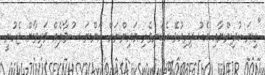
"ގިނަ ކުދިންނާއި އެކު ދިރިއުޅޭ އެކަނިވެރި މައިންނަށް އަންނަ ސުވާލެއް ވަރިވާން ޖެހުނީ